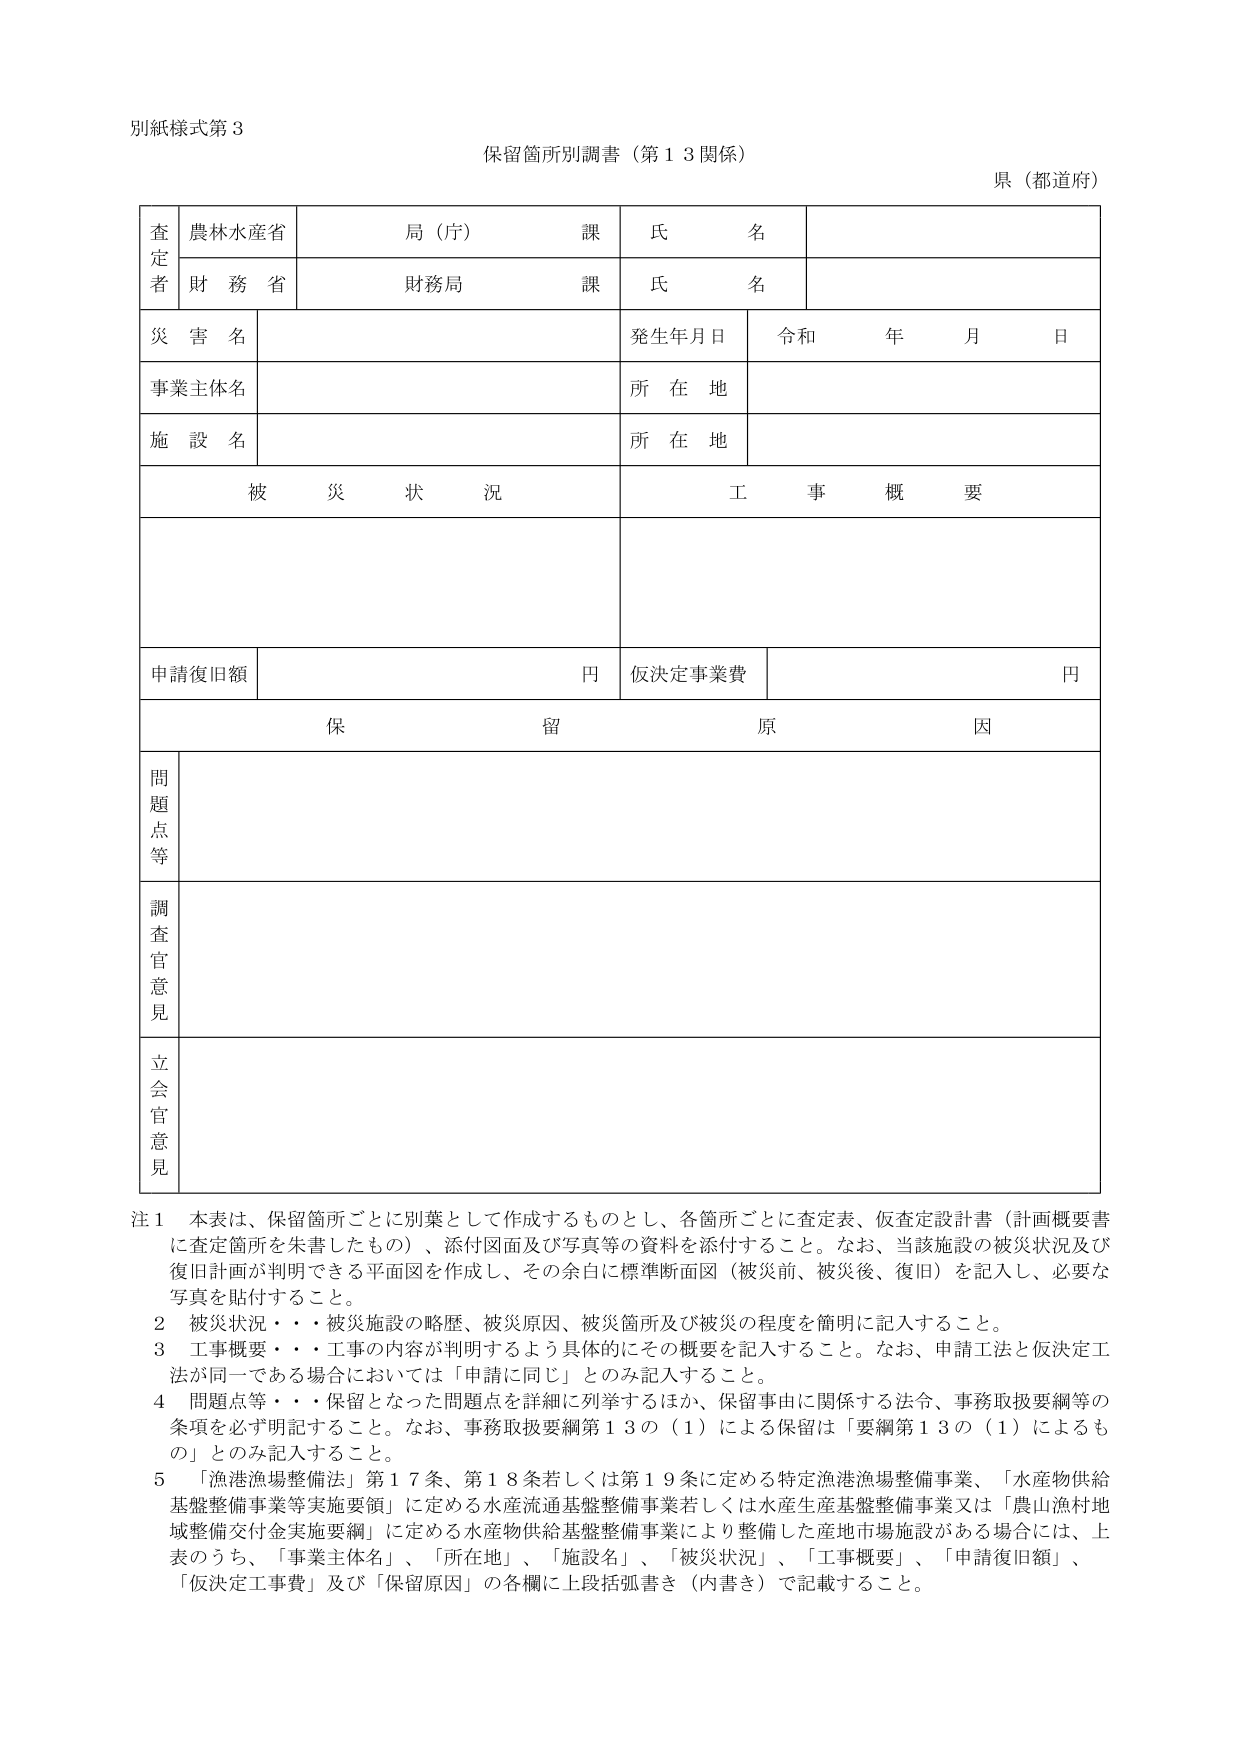
別紙様式第３

保留箇所別調書（第１３関係）

県（都道府）

査定者
農林水産省　局（庁）　課　氏名
財務省　財務局　課　氏名

災害名
発生年月日　令和　年　月　日

事業主体名　所在地

施設名　所在地

被災状況　工事概要

申請復旧額　円　仮決定事業費　円

保留原因

問題点等

調査官意見

立会官意見

注１　本表は、保留箇所ごとに別葉として作成するものとし、各箇所ごとに査定表、仮査定設計書（計画概要書に査定箇所を朱書したもの）、添付図面及び写真等の資料を添付すること。なお、当該施設の被災状況及び復旧計画が判明できる平面図を作成し、その余白に標準断面図（被災前、被災後、復旧）を記入し、必要な写真を貼付すること。

２　被災状況・・・被災施設の略歴、被災原因、被災箇所及び被災の程度を簡明に記入すること。

３　工事概要・・・工事の内容が判明するよう具体的にその概要を記入すること。なお、申請工法と仮決定工法が同一である場合においては「申請に同じ」とのみ記入すること。

４　問題点等・・・保留となった問題点を詳細に列挙するほか、保留事由に関係する法令、事務取扱要綱等の条項を必ず明記すること。なお、事務取扱要綱第１３の（１）による保留は「要綱第１３の（１）によるもの」とのみ記入すること。

５　「漁港漁場整備法」第１７条、第１８条若しくは第１９条に定める特定漁港漁場整備事業、「水産物供給基盤整備事業等実施要領」に定める水産流通基盤整備事業若しくは水産生産基盤整備事業又は「農山漁村地域整備交付金実施要綱」に定める水産物供給基盤整備事業により整備した産地市場施設がある場合には、上表のうち、「事業主体名」、「所在地」、「施設名」、「被災状況」、「工事概要」、「申請復旧額」、「仮決定工事費」及び「保留原因」の各欄に上段括弧書き（内書き）で記載すること。